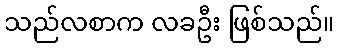
သည်လစာက လခဦး ဖြစ်သည်။